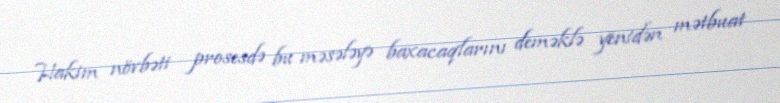
Hakim növbəti prosesdə bu məsələyə baxacaqlarını deməklə yenidən mətbuat